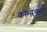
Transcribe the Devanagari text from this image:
कॉम्प्लेक्सों